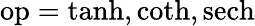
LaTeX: \operatorname{op}=\operatorname{tanh},\coth,\operatorname{sech}